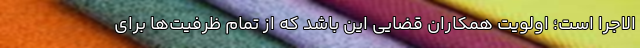
الاجرا است؛ اولویت همکاران قضایی این باشد که از تمام ظرفیت‌ها برای